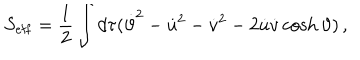
LaTeX: S _ { { \mathrm { e f f } } } = \frac 1 2 \int d \tau ( \dot { \vartheta } ^ { 2 } - \dot { u } ^ { 2 } - \dot { v } ^ { 2 } - 2 \dot { u } \dot { v } \cosh \vartheta ) \, ,